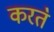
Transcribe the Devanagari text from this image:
करत॓